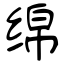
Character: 绵